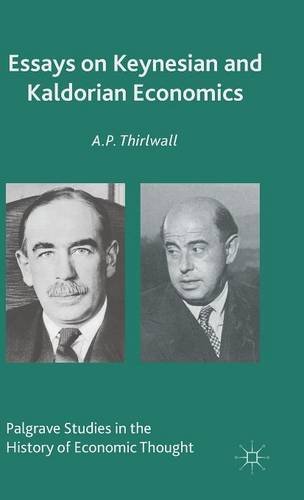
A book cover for Essays on Keynesian and Kaldorian Economics (Palgrave Studies in the History of Economic Thought); A.P. Thirlwall; Business & Money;